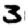
Digit: 3